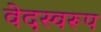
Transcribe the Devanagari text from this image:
वेदस्वरूप